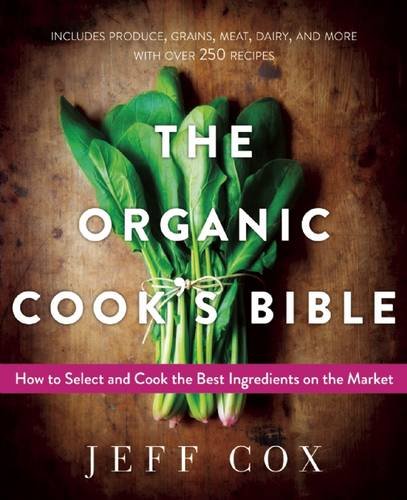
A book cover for The Organic Cook's Bible: How to Select and Cook the Best Ingredients on the Market; Jeff Cox; Cookbooks, Food & Wine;